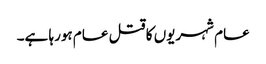
عام شہریوں کا قتل عام ہورہا ہے۔